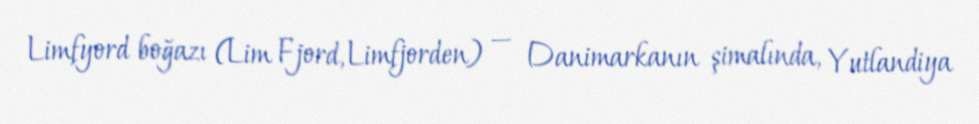
Limfyord boğazı (Lim Fjord, Limfjorden) — Danimarkanın şimalında, Yutlandiya